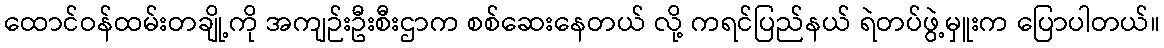
ထောင်ဝန်ထမ်းတချို့ကို အကျဉ်းဦးစီးဌာက စစ်ဆေးနေတယ် လို့ ကရင်ပြည်နယ် ရဲတပ်ဖွဲ့မှူးက ပြောပါတယ်။